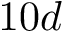
1 0 d